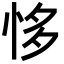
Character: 恀